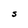
Character: S